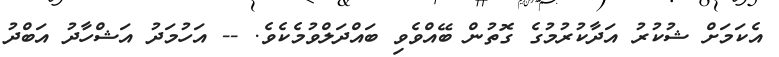
އެކަމަށް ޝުކުރު އަދާކުރުމުގެ ގޮތުން ބޭއްވެވި ބައްދަލްވުމެކެވެ. -- އަހުމަދު އަޝްހާދު އަބްދު